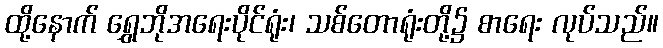
ထို့နောက် ရွှေဘိုအရေးပိုင်ရုံး၊ သစ်တောရုံးတို့၌ စာရေး လုပ်သည်။